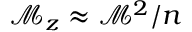
\mathcal { M } _ { z } \approx \mathcal { M } ^ { 2 } / n